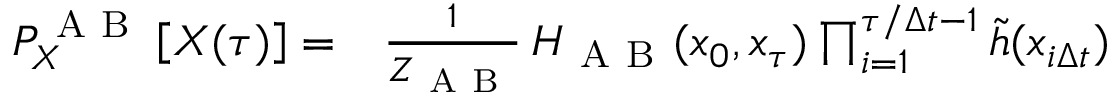
\begin{array} { r l } { P _ { X } ^ { \mathrm { ~ A ~ B ~ } } \left[ X ( \tau ) \right] = } & { { } \frac { 1 } { Z _ { \mathrm { ~ A ~ B ~ } } } \, H _ { \mathrm { ~ A ~ B ~ } } ( x _ { 0 } , x _ { \tau } ) \prod _ { i = 1 } ^ { \tau / \Delta t - 1 } \widetilde { h } ( x _ { i \Delta t } ) \ } \end{array}